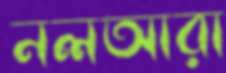
নলআরা